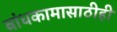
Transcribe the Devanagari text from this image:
बांधकामासाठीही